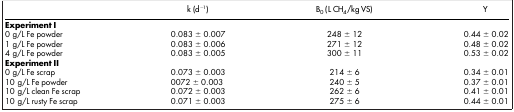
|  | k (d−1) | B0 (L CH4/kg VS) | Y |
 | --- | --- | --- | --- |
 | Experiment I |  |  |  |
 | 0 g/L Fe powder | 0.083 ± 0.007 | 248 ± 12 | 0.44 ± 0.02 |
 | 1 g/L Fe powder | 0.083 ± 0.006 | 271 ± 12 | 0.48 ± 0.02 |
 | 4 g/L Fe powder | 0.083 ± 0.005 | 300 ± 11 | 0.53 ± 0.02 |
 | Experiment II |  |  |  |
 | 0 g/L Fe scrap | 0.073 ± 0.003 | 214 ± 6 | 0.34 ± 0.01 |
 | 10 g/L Fe powder | 0072 ± 0.003 | 240 ± 5 | 0.37 ± 0.01 |
 | 10 g/L clean Fe scrap | 0.072 ± 0.003 | 262 ± 6 | 0.41 ± 0.01 |
 | 10 g/L rusty Fe scrap | 0.071 ± 0.003 | 275 ± 6 | 0.44 ± 0.01 |